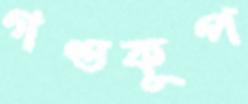
গণ্ডকূপ